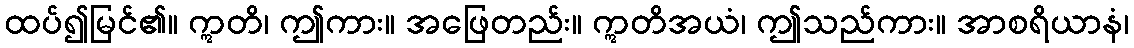
ထပ်၍မြင်၏။ ဣတိ၊ ဤကား။ အဖြေတည်း။ ဣတိအယံ၊ ဤသည်ကား။ အာစရိယာနံ၊